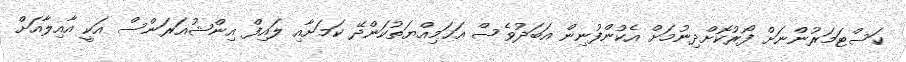
ކަސްޓަމަރުންނަށް ފޯރުކޮށްދިނުމަށް އެކުންފުނިން އަބަދުވެސް އަޙަމިއްޔަތުކަންދޭ ކަމަށާއި ލައިފް އިންޝުއަރަންސް އަކީ އާއިލާއަށް